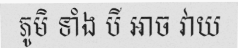
ភូមិ ទាំង បី អាច វាយ